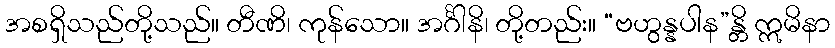
အစရှိသည်တို့သည်။ တီဏိ၊ ကုန်သော။ အင်္ဂါနိ၊ တို့တည်း။ “ဗဟွန္နပါန”န္တိ ဣမိနာ